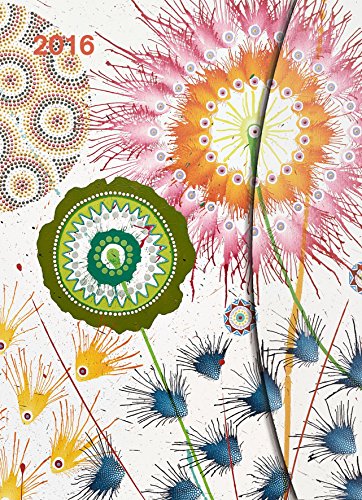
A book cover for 2016 Dan Bennett Large Magneto Diary; Calendars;